Civil Veterinary Department. Central Provinces & Berar 1925-31 - 1925-1931
Year: 1925
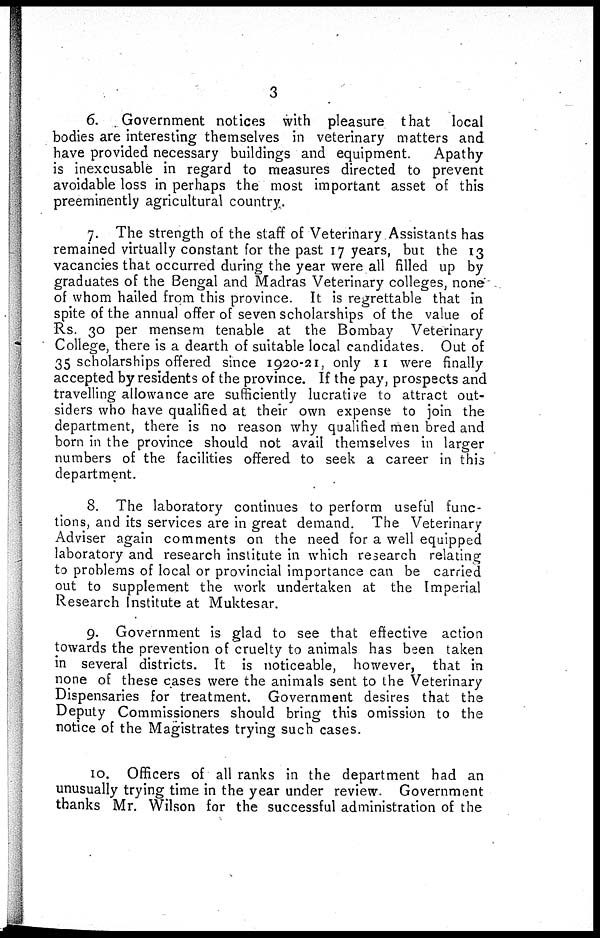
3
6.
Government notices with pleasure that
local
bodies are interesting themselves in veterinary matters and
have provided necessary buildings and equipment.
Apathy
is inexcusable in regard to measures directed to prevent
avoidable loss in perhaps the most important asset of this
preeminently agricultural country.
7. The strength of the staff of Veterinary Assistants has
remained virtually constant for the past 17 years, but the 13
vacancies that occurred during the year were all filled up by
graduates of the Bengal and Madras Veterinary colleges, none
of whom hailed from this province. It is regrettable that in
spite of the annual offer of seven scholarships of the value of
Rs. 30 per mensem tenable at the Bombay Veterinary
College, there is a dearth of suitable local candidates. Out of
35 scholarships offered since 1920-21, only 11 were finally
accepted by residents of the province. If the pay, prospects and
travelling allowance are sufficiently lucrative to attract out-
siders who have qualified at their own expense to join the
department, there is no reason why qualified men bred and
born in the province should not avail themselves in larger
numbers of the facilities offered to seek a career in this
department.
8. The laboratory continues to perform useful func-
tions, and its services are in great demand. The Veterinary
Adviser again comments on the need for a well equipped
laboratory and research institute in which research relating
to problems of local or provincial importance can be carried
out to supplement the work undertaken at the Imperial
Research Institute at Muktesar.
9. Government is glad to see that effective action
towards the prevention of cruelty to animals has been taken
in several districts. It is noticeable, however, that in
none of these cases were the animals sent to the Veterinary
Dispensaries for treatment. Government desires that the
Deputy Commissioners should bring this omission to the
notice of the Magistrates trying such cases.
10. Officers of all ranks in the department had an
unusually trying time in the year under review. Government
thanks Mr. Wilson for the successful administration of the